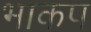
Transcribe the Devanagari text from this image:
भाकप